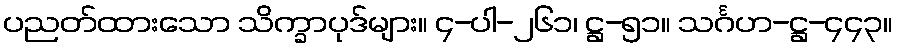
ပညတ်ထားသော သိက္ခာပုဒ်များ။ ၄-ပါ-၂၆၁၊ ဋ္ဌ-၅၁။ သင်္ဂဟ-ဋ္ဌ-၄၄၃။